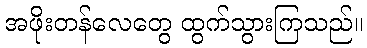
အဖိုးတန်လေတွေ ထွက်သွားကြသည်။